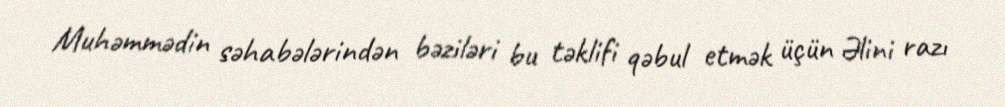
Muhəmmədin səhabələrindən bəziləri bu təklifi qəbul etmək üçün Əlini razı